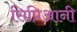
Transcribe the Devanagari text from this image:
सिप्रिआनी